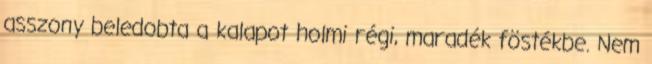
asszony beledobta a kalapot holmi régi, maradék föstékbe. Nem